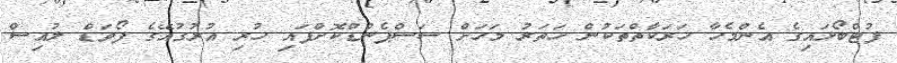
ފުޓްބޯޅައިގެ އެންމެހާ ހަރަކާތްތަކުން ހަތަރު މަހަށް ސަސްޕެންޑްކޮށްފައި ހުރި އުރުގުއޭގެ ފޯވަޑް ލުއިސް